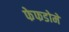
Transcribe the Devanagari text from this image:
फेफडोमें